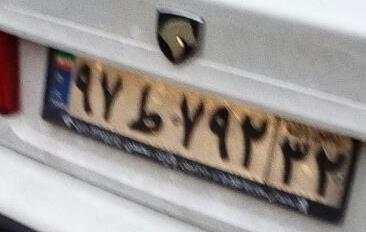
۹۷ط۷۹۲۳۲